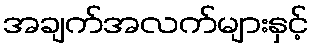
အချက်အလက်များနှင့်